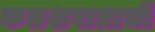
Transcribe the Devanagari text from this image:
कलशपात्राची